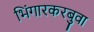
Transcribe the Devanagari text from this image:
भिंगारकरबुवा